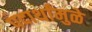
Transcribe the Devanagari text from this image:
पदार्थांमुळे